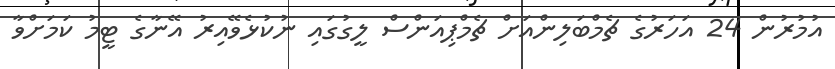
އުމުރުން 24 އަހަރުގެ ޗެމްބަލިންއަށް ޗެމްޕިއަންސް ލީގުގައި ނުކުޅެވޭއިރު އޭނާގެ ޓީމު ކަމަށްވާ